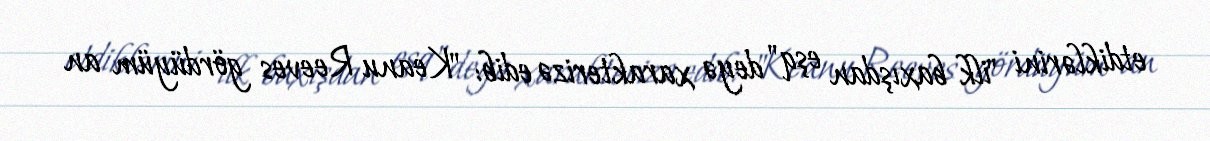
etdiklərini "ilk baxışdan eşq" deyə xarakterizə edib: "Keanu Reeves gördüyüm an